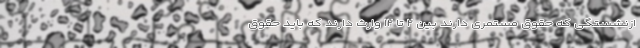
ازنشستگی که حقوق مستمری دارند بین ۲ تا ۱۲ وارث دارند که باید حقوق